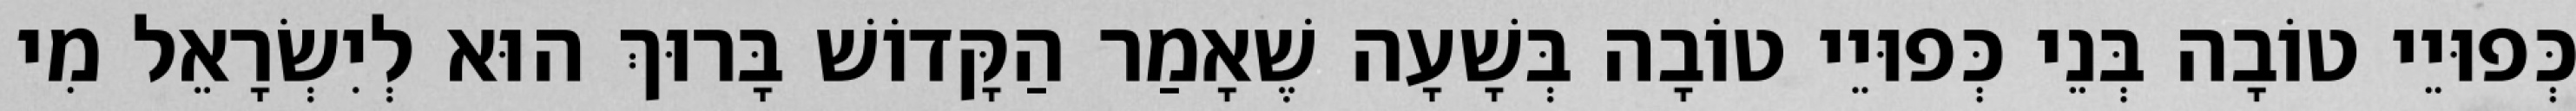
כְּפוּיֵי טוֹבָה בְּנֵי כְּפוּיֵי טוֹבָה בְּשָׁעָה שֶׁאָמַר הַקָּדוֹשׁ בָּרוּךְ הוּא לְיִשְׂרָאֵל מִי